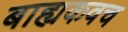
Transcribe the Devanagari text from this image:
बाह्यकवच